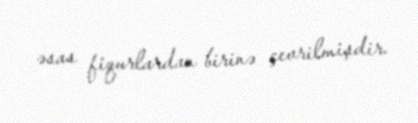
əsas fiqurlardan birinə çevrilmişdir.